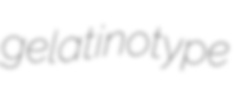
gelatinotype